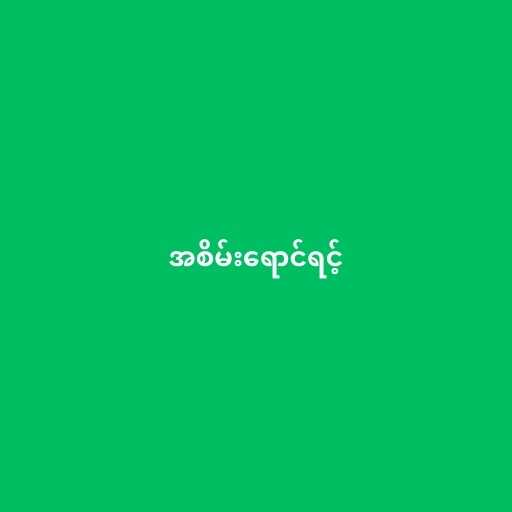
အစိမ်းရောင်ရင့်